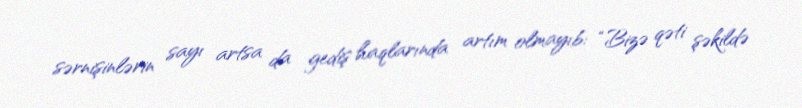
sərnişinlərin sayı artsa da gediş haqlarında artım olmayıb: “Bizə qəti şəkildə